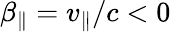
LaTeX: \beta_{\| }=v_{\| }/c<0